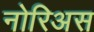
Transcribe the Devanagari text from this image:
नोरिअस